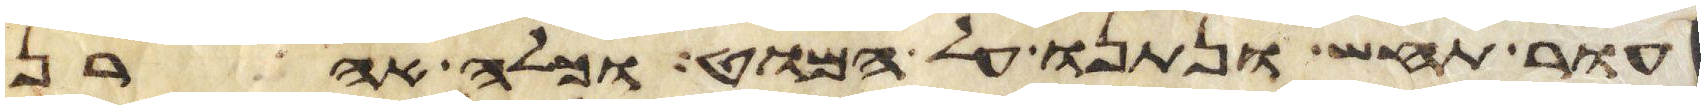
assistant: עור תחש ונתנו על המוט וכלה אהרן